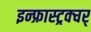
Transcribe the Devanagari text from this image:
इन्फ्रास्ट्रक्चर्